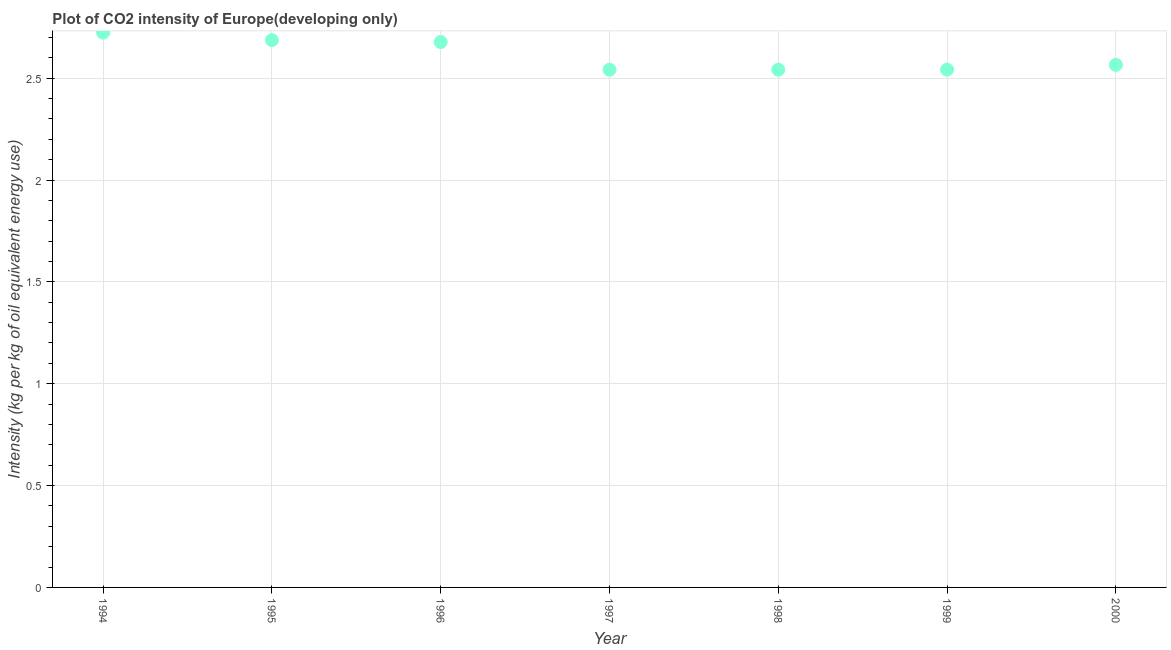
| Year | CO2 intensity |
 | --- | --- |
 | 1994 | 2.72 |
 | 1995 | 2.69 |
 | 1996 | 2.68 |
 | 1997 | 2.54 |
 | 1998 | 2.54 |
 | 1999 | 2.54 |
 | 2000 | 2.57 |